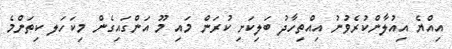
އިއްޔެ އިއުލާންކުރެވުނު އިއްތިހާދު ބަލިކަށި ކުރަން މައި މޫ އަންގައިގެން މިކަހަލ ކިތަންމެ